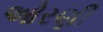
ઓરણી